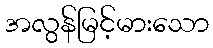
အလွန်မြင့်မားသော